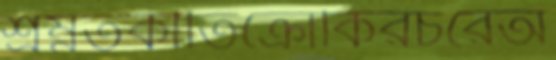
শ্রম্নতকীর্তিক্রোকিরচরেঅ